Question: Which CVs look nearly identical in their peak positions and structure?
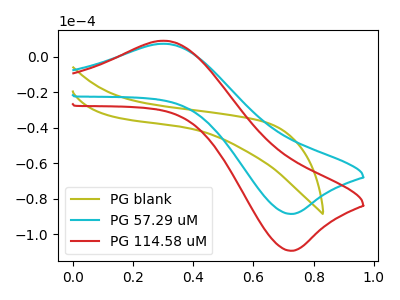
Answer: <think>The olive curve "PG blank" has no peaks. The cyan curve "PG 57.29 uM" has an anodic peak at (0.30V, 7.25uA) and a cathodic peak at (0.70V, -88.60uA). The red curve "PG 114.58 uM" has an anodic peak at (0.30V, 8.95uA) and a cathodic peak at (0.70V, -109.35uA).
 "PG blank" and "PG 57.29 uM" have a different number of peaks. "PG blank" and "PG 114.58 uM" have a different number of peaks. All the peaks in "PG 57.29 uM" have a peak in "PG 114.58 uM" at the same potential. Every peak in "PG 57.29 uM" is lower than every peak in "PG 114.58 uM".</think>
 <answer>"PG 57.29 uM" and "PG 114.58 uM" have the same shape and are likely CV's of the same chemical.</answer>
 <eval>"PG 57.29 uM" "PG 114.58 uM"</eval>